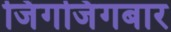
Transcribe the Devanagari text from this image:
जिंगजिंगबार